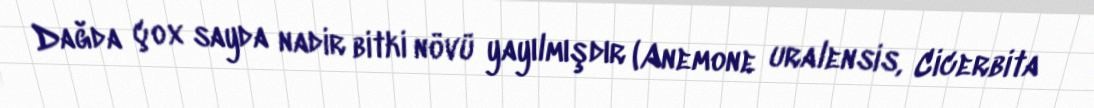
Dağda çox sayda nadir bitki növü yayılmışdır (Anemone uralensis, Cicerbita